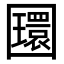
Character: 𡈵